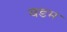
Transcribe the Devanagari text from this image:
वडम